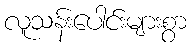
လူသန်းပေါင်းများစွာ